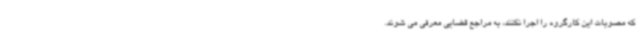
که مصوبات این کارگروه را اجرا نکنند، به مراجع قضایی معرفی می شوند.